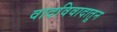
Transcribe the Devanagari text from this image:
वादविवादातून